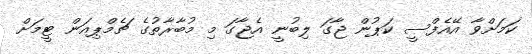
ކަމަށްވާ އޭއެފްސީ ކަޕުން ޖާގަ ލިބުނީ އެޖާގަ މި މުބާރާތުގެ ޗެމްޕިއަން ޓީމަށް